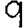
Digit: 9